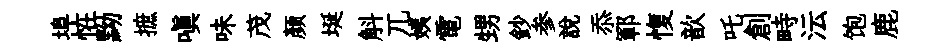
埠恠黝摭嗔味茂颜埏斛兀姨電甥鈔参說忝鄆愎歆吒創畤沄饱鹿